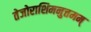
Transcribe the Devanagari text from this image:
तेजोराशिमनुत्तमम्